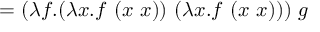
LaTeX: = ( \lambda f . ( \lambda x . f \ ( x \ x ) ) \ ( \lambda x . f \ ( x \ x ) ) ) \ g